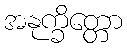
အနုက္ခိတ္တော